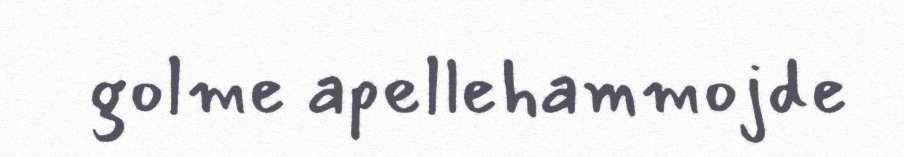
golme apellehammojde